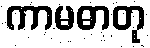
ကာမဓာတု